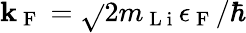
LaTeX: {\mathbf{k}_{\mathrm{{~F~}}}=\sqrt{}{{2m_{\mathrm{{~L~i~}}}\epsilon_{\mathrm{{~F~}}}}}/\hbar}